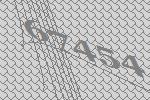
67454